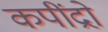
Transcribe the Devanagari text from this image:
कपींद्रो